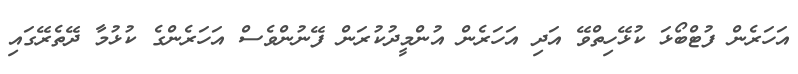
އަހަރެން ފުޓްބޯޅަ ކުޅޭހިތްވޭ އަދި އަހަރެން އުންމީދުކުރަން ފޭނުންވެސް އަހަރެންގެ ކުޅުމާ ދޭތެރޭގައި